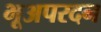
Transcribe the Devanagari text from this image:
भूअपरदन